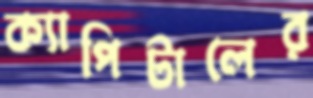
ক্যাপিটালের